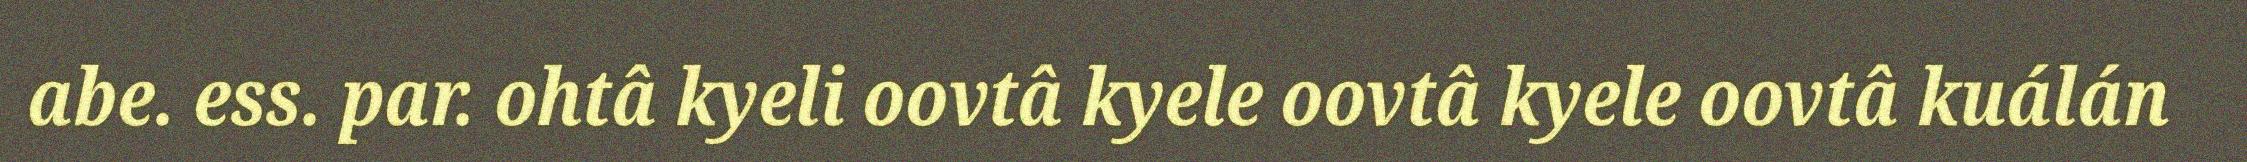
abe. ess. par. ohtâ kyeli oovtâ kyele oovtâ kyele oovtâ kuálán